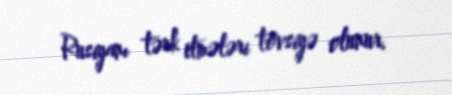
Rusiyanı tərk etmələri tövsiyə olunur.